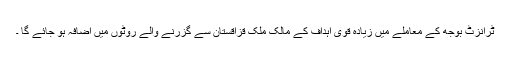
ٹرانزٹ بوجھ کے معاملے میں زیادہ قوی اہداف کے مالک ملک قزاقستان سے گزرنے والے رُوٹوں میں اضافہ ہو جائے گا ۔